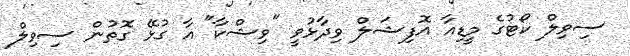
ސިވިލް ކޯޓުގެ މީޑިއާ އޮފިޝަލް ވިދާޅުވީ "ވިޝްކާ" އާ ގުޅޭ ގޮތުން ސިވިލް